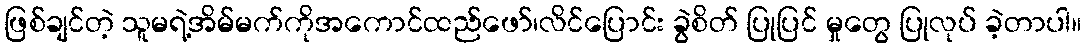
ဖြစ်ချင်တဲ့ သူမရဲ့အိမ်မက်ကိုအကောင်ထည်ဖော်၊လိင်ပြောင်း ခွဲစိတ် ပြုပြင် မှုတွေ ပြုလုပ် ခဲ့တာပါ။